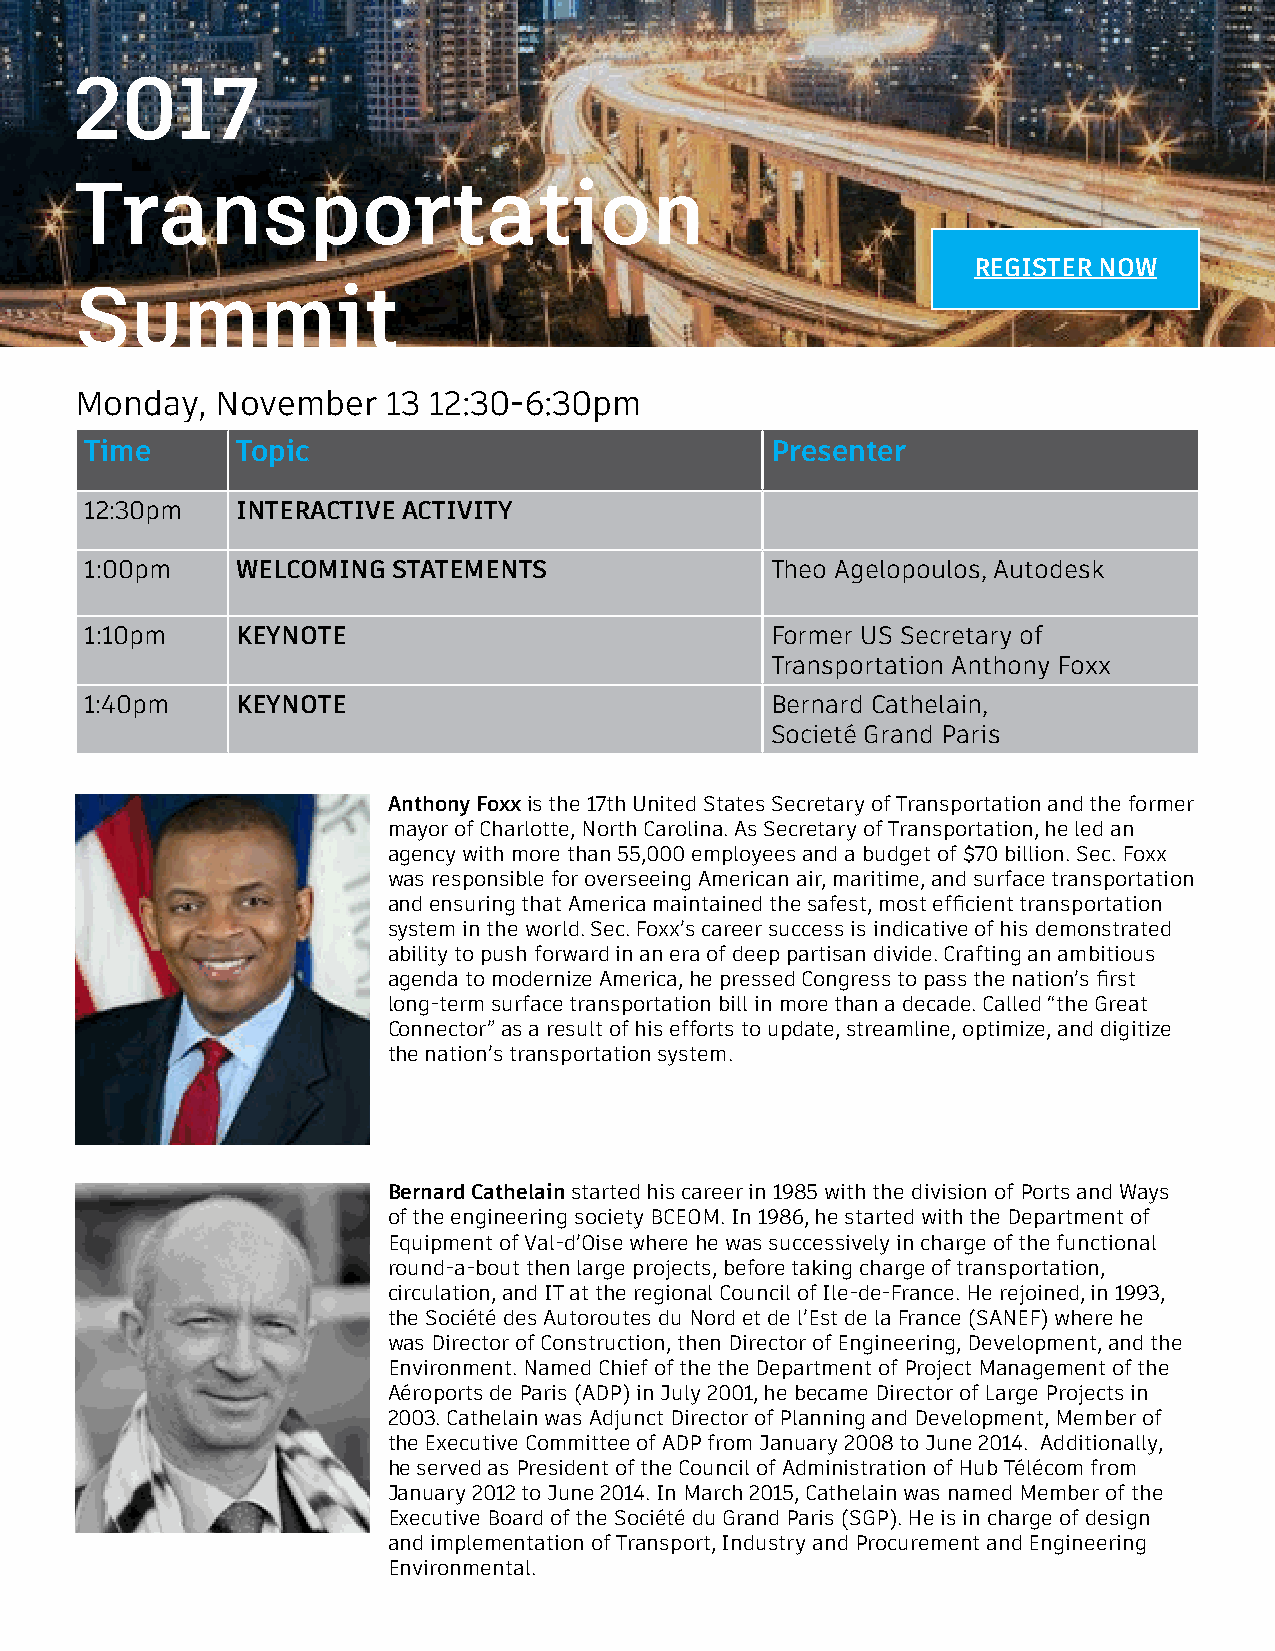
2017
 Transportation
 REGISTER NOW
 Summit
 Monday,  November    13 12:30-6:30pm
 Time      Topic                              Presenter
 12:30pm   INTERACTIVE ACTIVITY
 1:00pm    WELCOMING STATEMENTS               Theo Agelopoulos, Autodesk
 1:10pm    KEYNOTE                            Former US Secretary of
 Transportation Anthony Foxx
 1:40pm    KEYNOTE                            Bernard Cathelain,
 Societé Grand Paris
 Anthony Foxx is the 17th United States Secretary of Transportation and the former
 mayor of Charlotte, North Carolina. As Secretary of Transportation, he led an
 agency with more than 55,000 employees and a budget of $70 billion. Sec. Foxx
 was responsible for overseeing American air, maritime, and surface transportation
 and ensuring that America maintained the safest, most efficient transportation
 system in the world. Sec. Foxx’s career success is indicative of his demonstrated
 ability to push forward in an era of deep partisan divide. Crafting an ambitious
 agenda to modernize America, he pressed Congress to pass the nation’s first
 long-term surface transportation bill in more than a decade. Called “the Great
 Connector” as a result of his efforts to update, streamline, optimize, and digitize
 the nation’s transportation system.
 Bernard Cathelain started his career in 1985 with the division of Ports and Ways
 of the engineering society BCEOM. In 1986, he started with the Department of
 Equipment of Val-d’Oise where he was successively in charge of the functional
 round-a-bout then large projects, before taking charge of transportation,
 circulation, and IT at the regional Council of Ile-de-France. He rejoined, in 1993,
 the Société des Autoroutes du Nord et de l’Est de la France (SANEF) where he
 was Director of Construction, then Director of Engineering, Development, and the
 Environment. Named Chief of the the Department of Project Management of the
 Aéroports de Paris (ADP) in July 2001, he became Director of Large Projects in
 2003. Cathelain was Adjunct Director of Planning and Development, Member of
 the Executive Committee of ADP from January 2008 to June 2014. Additionally,
 he served as President of the Council of Administration of Hub Télécom from
 January 2012 to June 2014. In March 2015, Cathelain was named Member of the
 Executive Board of the Société du Grand Paris (SGP). He is in charge of design
 and implementation of Transport, Industry and Procurement and Engineering
 Environmental.